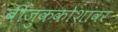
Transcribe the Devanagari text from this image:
बीजुककोशांवर